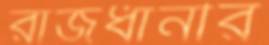
রাজধানীর